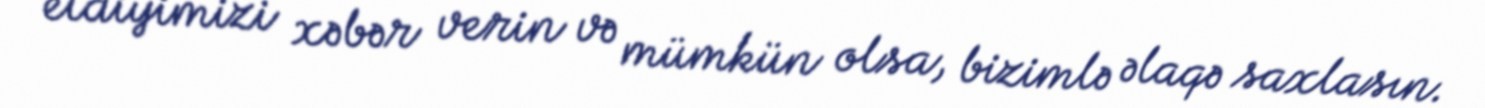
etdiyimizi xəbər verin və mümkün olsa, bizimlə əlaqə saxlasın.